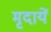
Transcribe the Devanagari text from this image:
मृदायें